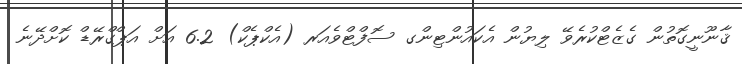
ޤާނޫނީގޮތުން ގެޒެޓްކުރެވޭ ލިޔުން އެކައުންޓިންގ ސޮފްޓްވެއަރ (އެކްޕެކް) 6.2 އަށް އަޕްގްރޭޑް ކޮށްދޭނެ